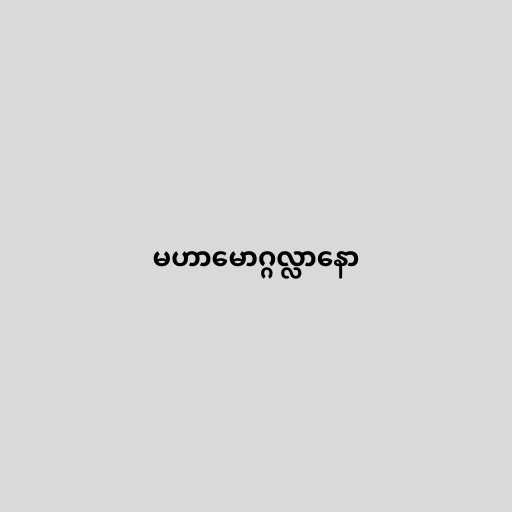
မဟာမောဂ္ဂလ္လာနော